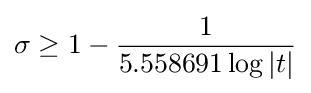
\sigma \geq 1-{\frac {1}{5.558691\log |t|}}